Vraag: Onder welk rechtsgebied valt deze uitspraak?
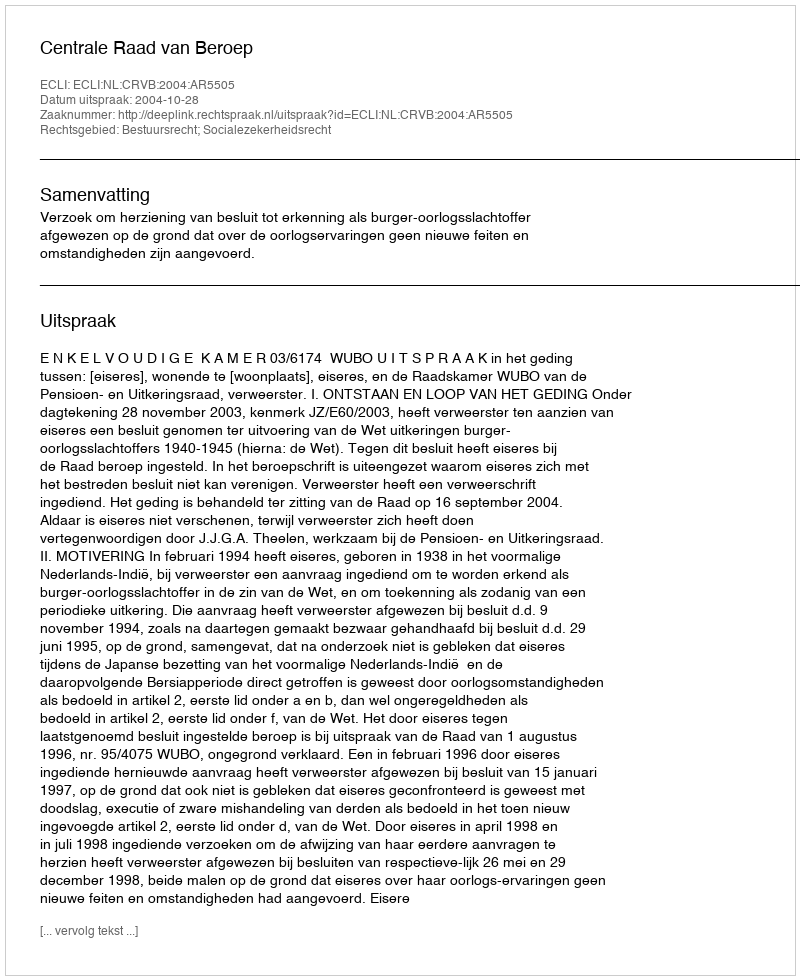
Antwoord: Bestuursrecht; Socialezekerheidsrecht